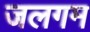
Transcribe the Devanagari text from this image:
जलगम